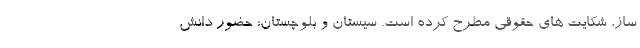
ساز، شکایت های حقوقی مطرح کرده است. سیستان و بلوچستان: حضور دانش